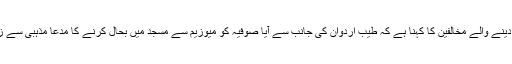
انھیں بلدیاتی انتخابات میں شکست دینے والے مخالفین کا کہنا ہے کہ طیب اردوان کی جانب سے آیا صوفیہ کو میوزیم سے مسجد میں بحال کرنے کا مدعا مذہبی سے زیادہ سیاسی پوائنٹ اسکورنگ ہے۔